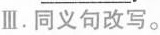
Ⅲ.同义句改写.